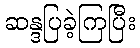
ဆန္ဒပြခဲ့ကြပြီး